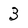
Character: 3